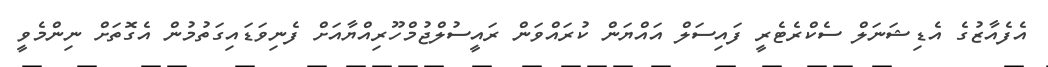
އެފެއާޒުގެ އެޑިޝަނަލް ސެކްރެޓެރީ ފައިސަލް އައްޔަން ކުރައްވަން ރައީސުލްޖުމްހޫރިއްޔާއަށް ފެނިވަޑައިގަތުމުން އެގޮތަށް ނިންމެވީ